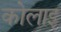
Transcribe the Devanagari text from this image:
कोलाइ